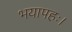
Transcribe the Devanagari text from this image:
भयापहः।